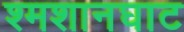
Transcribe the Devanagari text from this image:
श्मशानघाट